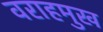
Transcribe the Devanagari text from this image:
वराहमुख